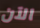
الآن